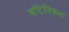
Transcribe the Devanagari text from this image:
बॉटेनिकल